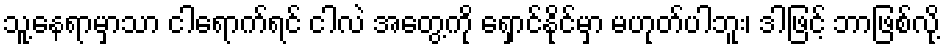
သူ့နေရာမှာသာ ငါရောက်ရင် ငါလဲ အတွေ့ကို ရှောင်နိုင်မှာ မဟုတ်ပါဘူး၊ ဒါဖြင့် ဘာဖြစ်လို့